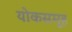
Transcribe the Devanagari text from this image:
योकसमूह